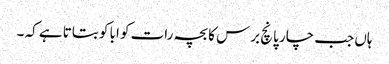
ہاں جب چار پانچ برس کا بچہ رات کو ابا کو بتاتا ہے کہ ۔